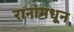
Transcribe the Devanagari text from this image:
रानांमधून